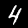
Label: 4